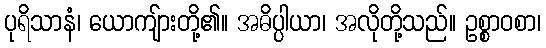
ပုရိသာနံ၊ ယောကျ်ားတို့၏။ အဓိပ္ပါယာ၊ အလိုတို့သည်။ ဥစ္စာဝစာ၊